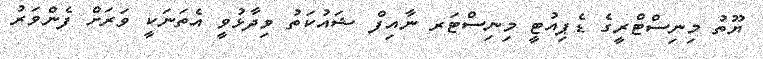
ޔޫތު މިނިސްޓްރީގެ ޑެޕިއުޓީ މިނިސްޓަރ ނާއިފް ޝައުކަތު ވިދާޅުވީ އެތަނަކީ ވަރަށް ފެންވަރު